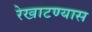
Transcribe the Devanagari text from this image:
रेखाटण्यास